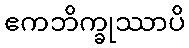
ဧကဘိက္ခုဿာပိ